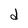
Character: d